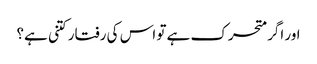
اور اگر متحرک ہے تو اس کی رفتار کتنی ہے؟